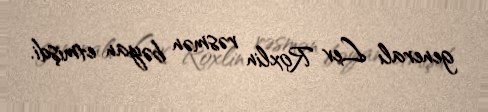
generalı Lev Roxlin rəsmən bəyan etmişdi.